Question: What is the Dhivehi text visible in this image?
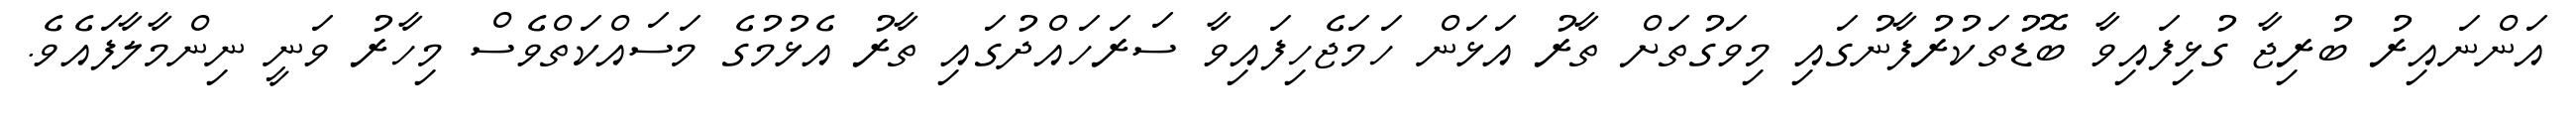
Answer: އަންނައިރު ބުރިޖާ ގުޅިފައިވާ ބޮޑުތަކުރުފާނުގައި މިވަގުތަށް ތާރު އަޅަން ހަމަޖެހިފައިވާ ސަރަހައްދުގައި ތާރު އެޅުމުގެ މަސައްކަތްވެސް މިހާރު ވަނީ ނިންމާލާފައެވެ.